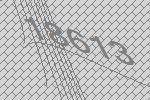
18613